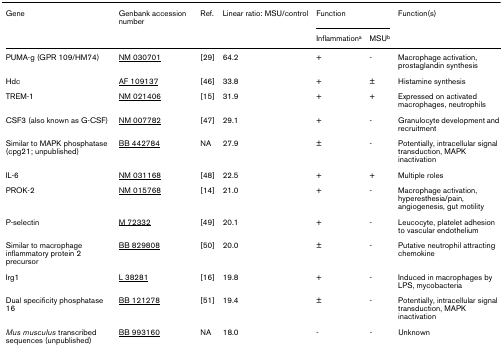
| Gene | Genbank accession number | Ref. | Linear ratio: MSU/control | <COLSPAN=2> Function | Function(s) |
 |  |  |  |  | Inflammationa | MSUb |  |
 | --- | --- | --- | --- | --- | --- | --- |
 | PUMA-g (GPR 109/HM74) | NM 030701 | [29] | 64.2 | + | - | Macrophage activation, prostaglandin synthesis |
 | Hdc | AF 109137 | [46] | 33.8 | + | ± | Histamine synthesis |
 | TREM-1 | NM 021406 | [15] | 31.9 | + | + | Expressed on activated macrophages, neutrophils |
 | CSF3 (also known as G-CSF) | NM 007782 | [47] | 29.1 | + | - | Granulocyte development and recruitment |
 | Similar to MAPK phosphatase (cpg21; unpublished) | BB 442784 | NA | 27.9 | ± | - | Potentially, intracellular signal transduction, MAPK inactivation |
 | IL-6 | NM 031168 | [48] | 22.5 | + | + | Multiple roles |
 | PROK-2 | NM 015768 | [14] | 21.0 | + | - | Macrophage activation, hyperesthesia/pain, angiogenesis, gut motility |
 | P-selectin | M 72332 | [49] | 20.1 | + | - | Leucocyte, platelet adhesion to vascular endothelium |
 | Similar to macrophage inflammatory protein 2 precursor | BB 829808 | [50] | 20.0 | ± | - | Putative neutrophil attracting chemokine |
 | Irg1 | L 38281 | [16] | 19.8 | + | - | Induced in macrophages by LPS, mycobacteria |
 | Dual specificity phosphatase 16 | BB 121278 | [51] | 19.4 | ± | - | Potentially, intracellular signal transduction, MAPK inactivation |
 | Mus musculus transcribed sequences (unpublished) | BB 993160 | NA | 18.0 | - | - | Unknown |